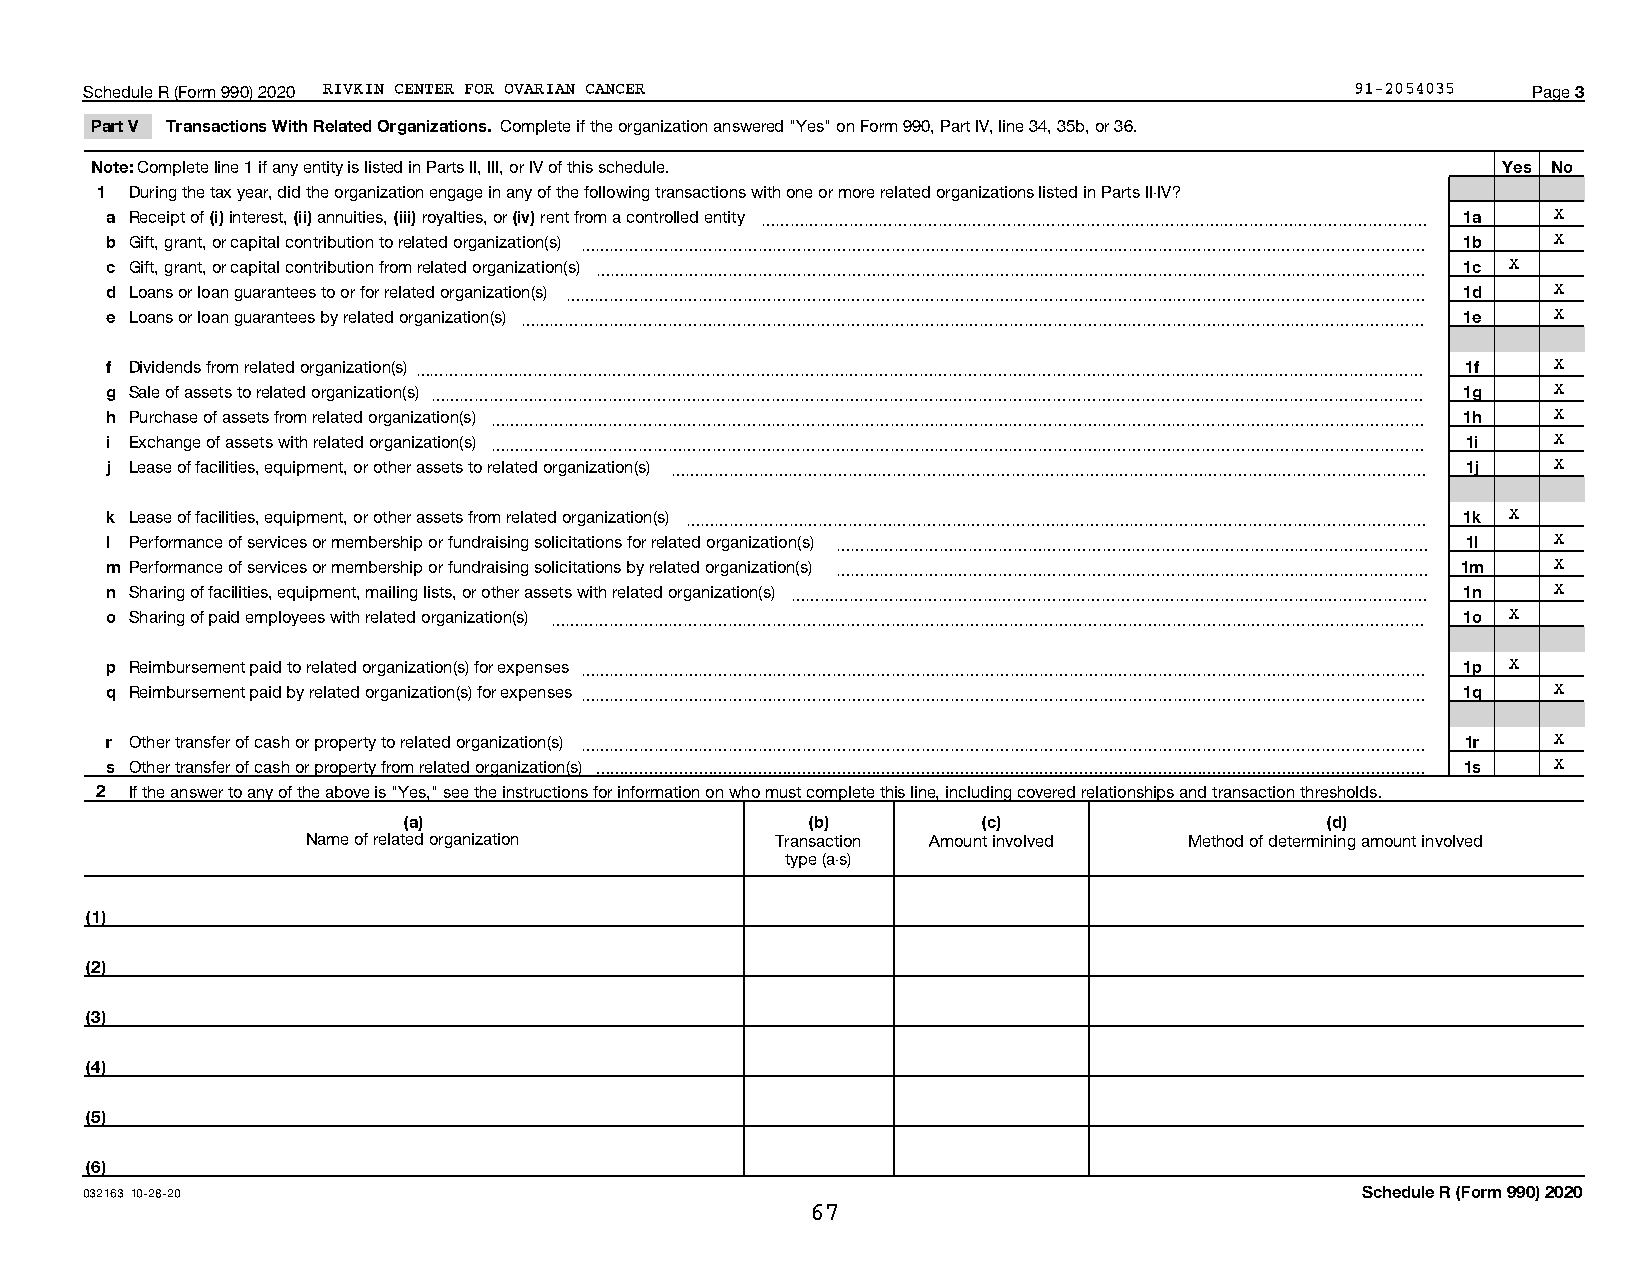
Schedule R (Form 990) 2020 RIVKIN CENTER FOR OVARIAN CANCER                         91-2054035 Page 3
 Part V Transactions With Related Organizations. Complete if the organization answered "Yes" on Form 990, Part IV, line 34, 35b, or 36.
 Note: Complete line 1 if any entity is listed in Parts II, III, or IV of this schedule.      Yes No
 1  During the tax year, did the organization engage in any of the following transactions with one or more related organizations listed in Parts II-IV?
 a Receipt of (i) interest, (ii) annuities, (iii) royalties, or (iv) rent from a controlled entity ~~~~~~~~~~~~~~~~~~~~~~~~~~~~~~~~~~~~~~~~~~~~~ 1a X
 b Gift, grant, or capital contribution to related organization(s) ~~~~~~~~~~~~~~~~~~~~~~~~~~~~~~~~~~~~~~~~~~~~~~~~~~~~~~~~~ 1b X
 c Gift, grant, or capital contribution from related organization(s) ~~~~~~~~~~~~~~~~~~~~~~~~~~~~~~~~~~~~~~~~~~~~~~~~~~~~~~~~ 1c X
 d Loans or loan guarantees to or for related organization(s) ~~~~~~~~~~~~~~~~~~~~~~~~~~~~~~~~~~~~~~~~~~~~~~~~~~~~~~~~~~ 1d X
 e Loans or loan guarantees by related organization(s) ~~~~~~~~~~~~~~~~~~~~~~~~~~~~~~~~~~~~~~~~~~~~~~~~~~~~~~~~~~~~~ 1e X
 f Dividends from related organization(s)~~~~~~~~~~~~~~~~~~~~~~~~~~~~~~~~~~~~~~~~~~~~~~~~~~~~~~~~~~~~~~~~~~~~ 1f X
 g Sale of assets to related organization(s) ~~~~~~~~~~~~~~~~~~~~~~~~~~~~~~~~~~~~~~~~~~~~~~~~~~~~~~~~~~~~~~~~~~~ 1g X
 h Purchase of assets from related organization(s) ~~~~~~~~~~~~~~~~~~~~~~~~~~~~~~~~~~~~~~~~~~~~~~~~~~~~~~~~~~~~~~~ 1h X
 i Exchange of assets with related organization(s) ~~~~~~~~~~~~~~~~~~~~~~~~~~~~~~~~~~~~~~~~~~~~~~~~~~~~~~~~~~~~~~~ 1i X
 j Lease of facilities, equipment, or other assets to related organization(s) ~~~~~~~~~~~~~~~~~~~~~~~~~~~~~~~~~~~~~~~~~~~~~~~~~~~ 1j X
 k Lease of facilities, equipment, or other assets from related organization(s) ~~~~~~~~~~~~~~~~~~~~~~~~~~~~~~~~~~~~~~~~~~~~~~~~~~ 1k X
 l Performance of services or membership or fundraising solicitations for related organization(s) ~~~~~~~~~~~~~~~~~~~~~~~~~~~~~~~~~~~~~~~~ 1l X
 m Performance of services or membership or fundraising solicitations by related organization(s) ~~~~~~~~~~~~~~~~~~~~~~~~~~~~~~~~~~~~~~~~ 1m X
 n Sharing of facilities, equipment, mailing lists, or other assets with related organization(s) ~~~~~~~~~~~~~~~~~~~~~~~~~~~~~~~~~~~~~~~~~~~ 1n X
 o Sharing of paid employees with related organization(s) ~~~~~~~~~~~~~~~~~~~~~~~~~~~~~~~~~~~~~~~~~~~~~~~~~~~~~~~~~~~ 1o X
 p Reimbursement paid to related organization(s) for expenses ~~~~~~~~~~~~~~~~~~~~~~~~~~~~~~~~~~~~~~~~~~~~~~~~~~~~~~~~~ 1p X
 q Reimbursement paid by related organization(s) for expenses ~~~~~~~~~~~~~~~~~~~~~~~~~~~~~~~~~~~~~~~~~~~~~~~~~~~~~~~~~ 1q X
 r Other transfer of cash or property to related organization(s) ~~~~~~~~~~~~~~~~~~~~~~~~~~~~~~~~~~~~~~~~~~~~~~~~~~~~~~~~~ 1r X
 s Other transfer of cash or property from related organization(s)  1s X
 2  If the answer to any of the above is "Yes," see the instructions for information on who must complete this line, including covered relationships and transaction thresholds.
 (a)                        (b)        (c)                    (d)
 Name of related organization   Transaction Amount involved Method of determining amount involved
 type (a-s)
 (1)
 (2)
 (3)
 (4)
 (5)
 (6)
 032163 10-28-20                                                                     Schedule R (Form 990) 2020
 67